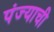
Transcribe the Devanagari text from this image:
पंज्याची